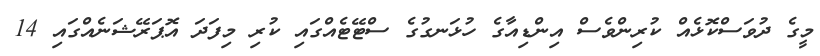
މީގެ ދުވަސްކޮޅެއް ކުރިންވެސް އިންޑިއާގެ ހުޅަނގުގެ ސްޓޭޓެއްގައި ކުރި މިފަދަ އޮޕަރޭޝަނެއްގައި 14